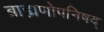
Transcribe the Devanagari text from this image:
ब्राह्मणोपनिषद्